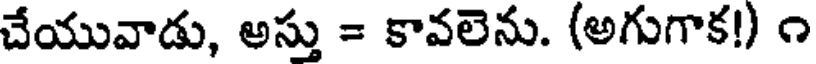
చేయువాడు, అస్తు = కావలెను. (అగుగాక!) ౧